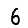
Digit: 6